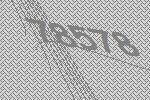
78578